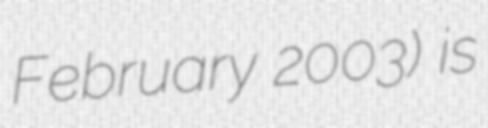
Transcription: February 2003) is